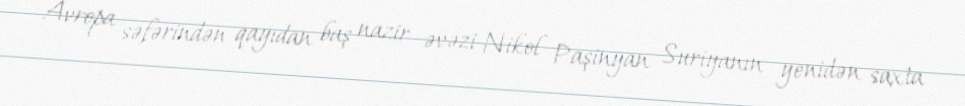
Avropa səfərindən qayıdan baş nazir əvəzi Nikol Paşinyan Suriyanın yenidən saxta